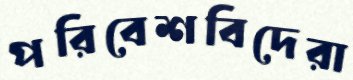
পরিবেশবিদেরা